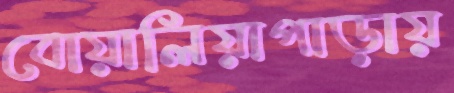
বোয়ালিয়াপাড়ায়